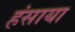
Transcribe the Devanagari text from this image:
हंसाया